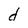
Character: d